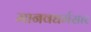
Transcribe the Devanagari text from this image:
मानवधर्मसार